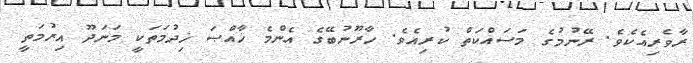
ރާވެރިއެކެވެ. ރޭނުމުގެ މަސައްކަތް ކުރިއެވެ. ހާރޫނުބޭގެ އެންމެ ޚާއްޞަ ޚިދުމަތަކީ މަނަދޫ އިރުމަތީ